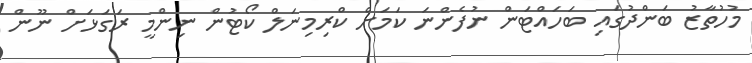
މުހުތާޒު ބަންދުގައި ބަހައްޓަން ނުފެންނަ ކަމަށް ކްރިމިނަލް ކޯޓުން ނިންމީ ރަގަޅަށް ނޫން